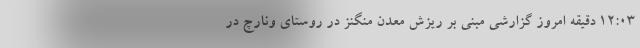
12:03 دقیقه امروز گزارشی مبنی بر ریزش معدن منگنز در روستای ونارچ در